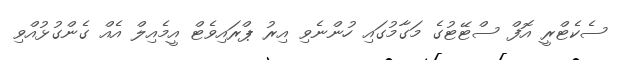
ސެކެޓްރީ އޮފް ސްޓޭޓުގެ މަގާމުގައި ހުންނެވި އިރު ޕްރައިވެޓް އީމެއިލް އެއް ގެންގުޅުއްވި